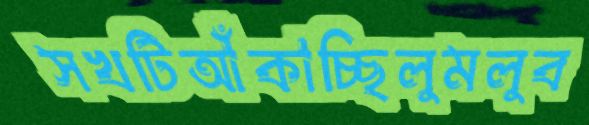
সখটিআঁকাচ্ছিলুমলুব